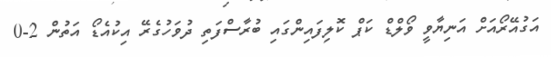
އަގުއޭރޯއަށް އަނިޔާވީ ވޯލްޑް ކަޕް ކޮލިފައިންގައި ބުރާސްފަތި ދުވަހުގެރޭ އިކުއެޑޯ އަތުން 2-0